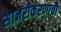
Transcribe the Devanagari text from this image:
साजरीकरणाचा